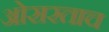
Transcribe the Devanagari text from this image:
ओसरताच